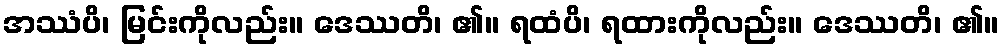
အဿံပိ၊ မြင်းကိုလည်း။ ဒေဿတိ၊ ၏။ ရထံပိ၊ ရထားကိုလည်း။ ဒေဿတိ၊ ၏။